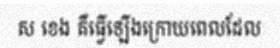
ស ខេង គឺធ្វើឡើងក្រោយពេលដែល